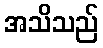
အသိသည်